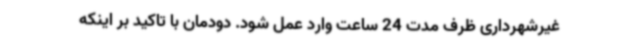
غیرشهرداری ظرف مدت 24 ساعت وارد عمل شود. دودمان با تاکید بر اینکه